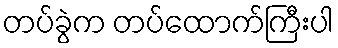
တပ်ခွဲက တပ်ထောက်ကြီးပါ